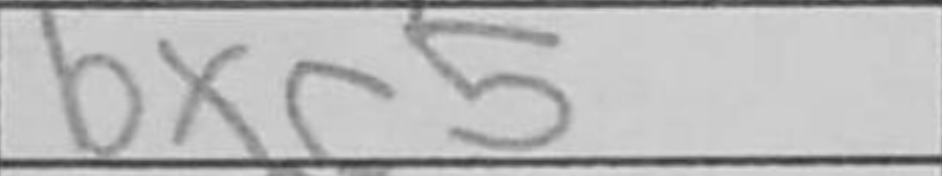
Transcription: bxc5